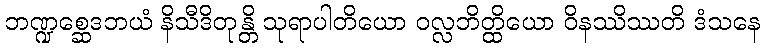
ဘဏ္ဍစ္ဆေဒဘယံ နိသီဒိတုန္တိ သုရာပါတိယော ဝလ္လဘိတ္ထိယော ဝိနဿိဿတိ ဒံသနေ